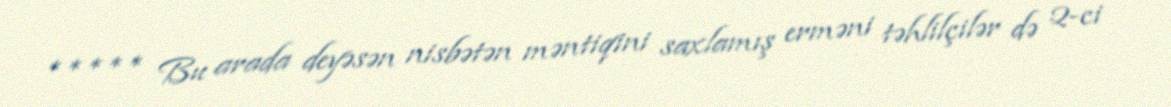
***** Bu arada deyəsən nisbətən məntiqini saxlamış erməni təhlilçilər də 2-ci